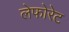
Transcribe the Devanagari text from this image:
लेफोरेट